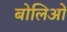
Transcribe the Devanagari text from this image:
बोलिओं